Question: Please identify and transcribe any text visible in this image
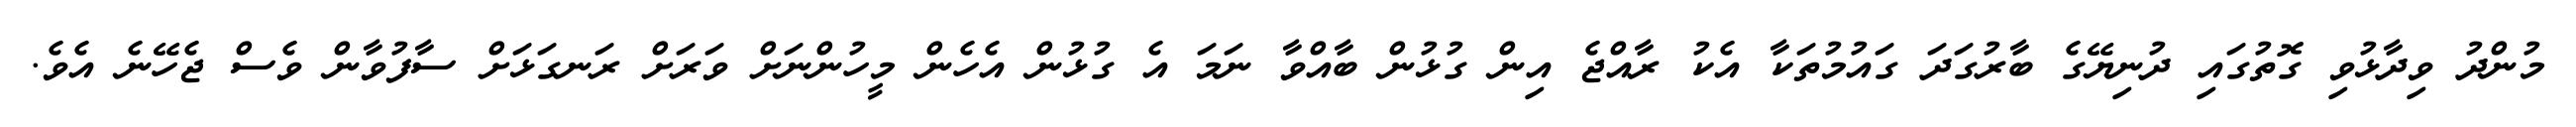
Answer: މުންދު ވިދާޅުވި ގޮތުގައި ދުނިޔޭގެ ބާރުގަދަ ގައުމުތަކާ އެކު ރާއްޖެ އިން ގުޅުން ބާއްވާ ނަމަ އެ ގުޅުން އެހެން މީހުންނަށް ވަރަށް ރަނގަޅަށް ސާފުވާން ވެސް ޖެހޭނެ އެވެ.